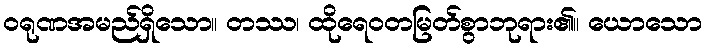
ဝရုဏအမည်ရှိသော။ တဿ၊ ထိုရေဝတမြတ်စွာဘုရား၏။ ယောသော